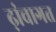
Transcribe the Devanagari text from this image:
ढ़ांचागत